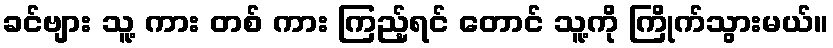
ခင်ဗျား သူ့ ကား တစ် ကား ကြည့်ရင် တောင် သူ့ကို ကြိုက်သွားမယ်။